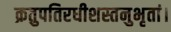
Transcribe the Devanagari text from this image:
क्रतुपतिरधीशस्तनुभृतां।